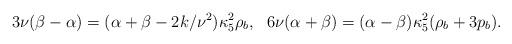
LaTeX: \begin{align*}3\nu(\beta-\alpha)=(\alpha+\beta -2k/\nu^2)\kappa^2_5\rho_b,~~6\nu(\alpha+\beta)=(\alpha-\beta)\kappa^2_5(\rho_b+3p_b).\end{align*}